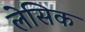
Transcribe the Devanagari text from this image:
लेसिक